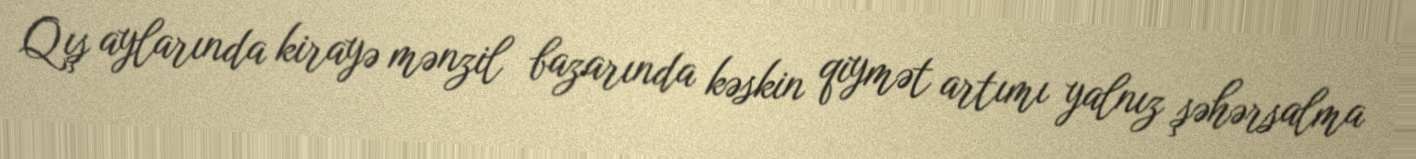
Qış aylarında kirayə mənzil bazarında kəskin qiymət artımı yalnız şəhərsalma